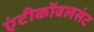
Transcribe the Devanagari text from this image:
एंटीकोंवलसंट